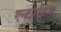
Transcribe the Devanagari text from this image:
एन्टर्प्राइज़